Vabadussoja_Ajaloo_Komitee, lk 9
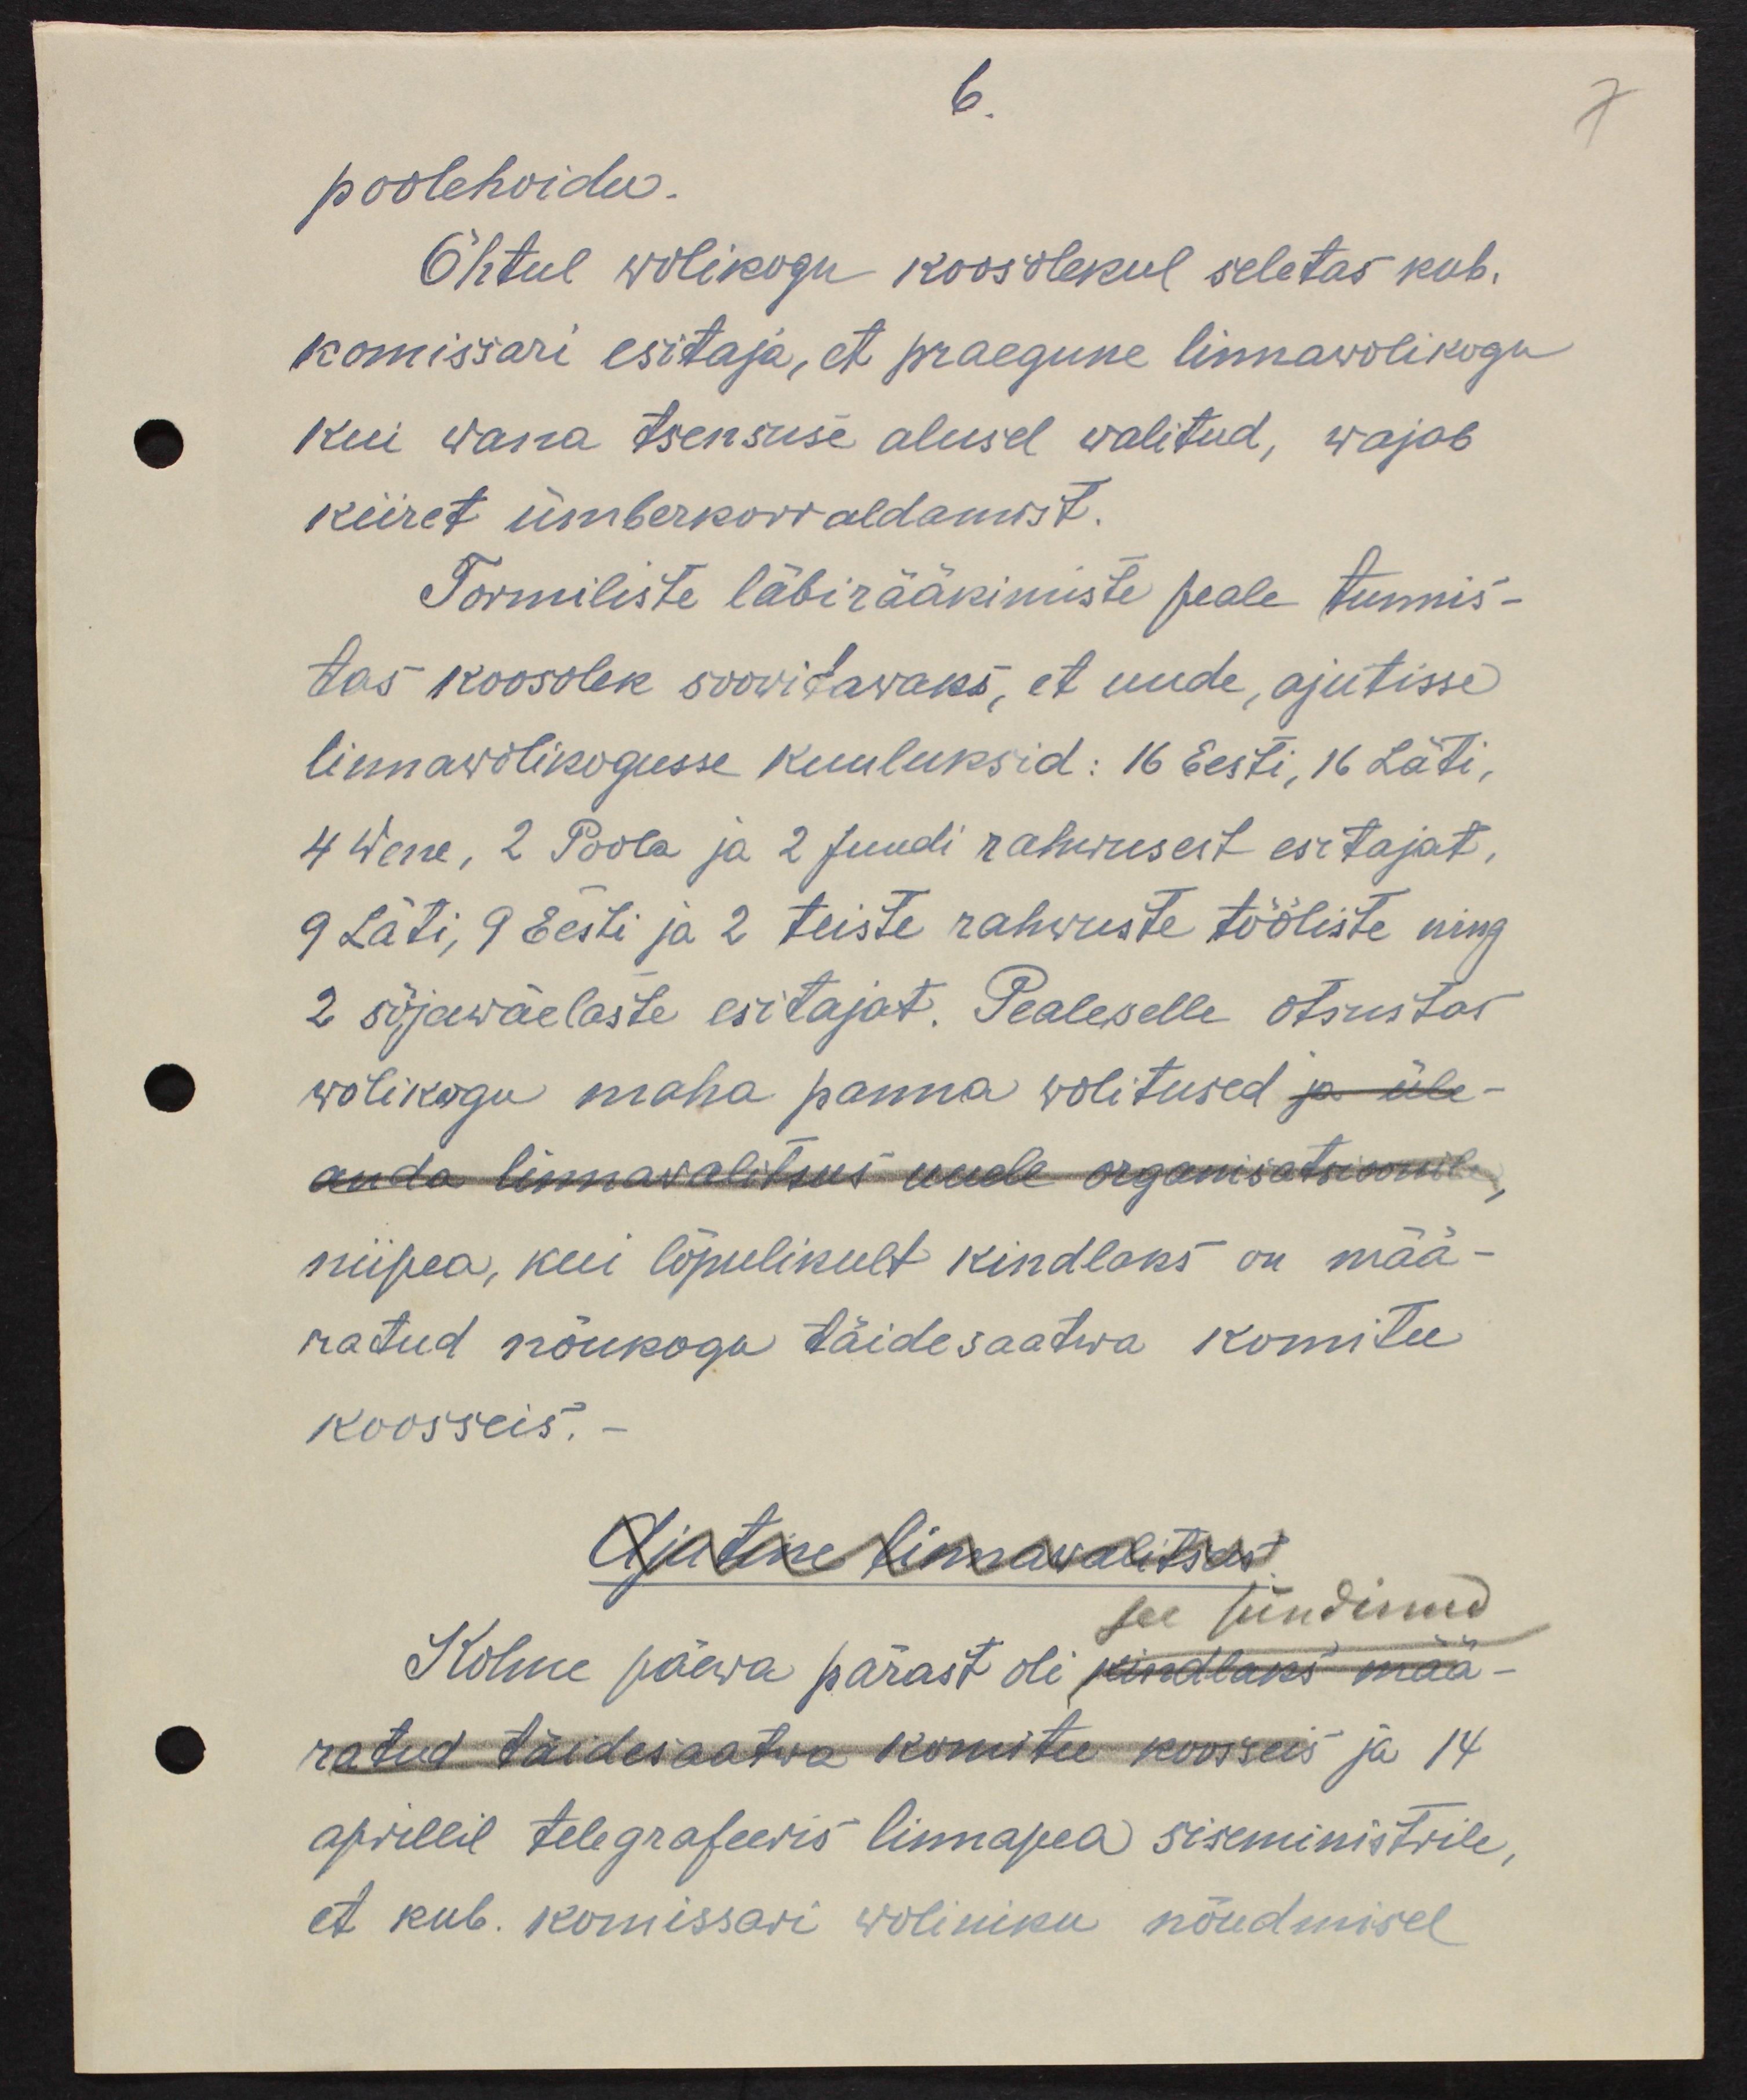
6.
poolehoidu.
Õhtul wolikogu koosolekul seletas kub.
komissari esitaja, et praegune linnawolikogu
kui wana tsensuse alusel valitud, wajab
kiiret ümberkorraldamist.
Tormiliste läbirääkimiste peale tunnis-
tas koosolek soovitavaks, et uude, ajutisse
linnawolikogusse kuuluksid: 16 Eesti, 16 Läti,
4 Wene, 2 Poola ja 2 Juudi rahwusest esitajat.
9 Läti, 9 Eesti ja 2 teiste rahvuste tööliste ning
2 sõjawäelaste esitajat. Pealeselle otsustas
wolikogu maha panna wolitused ja üle-
anda linnawalitsus uuele organisatsioonile
niipea, kui lõpulikult kindlaks on mää-
ratud nõukogu täidesaatwa komitee
koosseis.
Ajutine linnawalitsus
see sündinud
Kolme päeva pärast oli kindlaks mää-
ratud täidesaatwa komitee koosseis ja 14
aprillil telegrafeeris linnapea siseministrile,
et kub. komissari woliniku nõudmisel